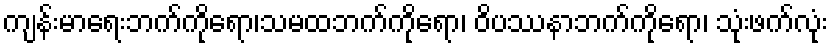
ကျန်းမာရေးဘက်ကိုရော၊သမထဘက်ကိုရော၊ ဝိပဿနာဘက်ကိုရော၊ သုံးဖက်လုံး